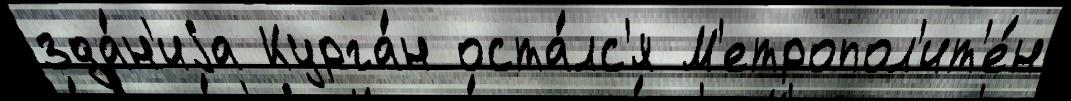
зда́н'иjа Курга́н оста́лс'я М'етропол'ит'е́н